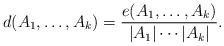
LaTeX: \begin{align*}d(A_1,\dots, A_k) = \frac{e(A_1, \dots, A_k)}{|A_1| \cdots|A_k|}.\end{align*}